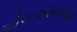
એચએસએલની